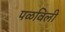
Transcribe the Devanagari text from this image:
पळविली